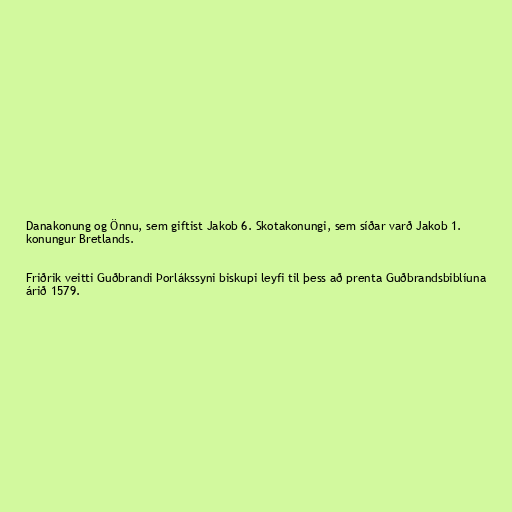
Danakonung og Önnu, sem giftist Jakob 6. Skotakonungi, sem síðar varð Jakob 1.
konungur Bretlands.

Friðrik veitti Guðbrandi Þorlákssyni biskupi leyfi til þess að prenta Guðbrandsbiblíuna
árið 1579.